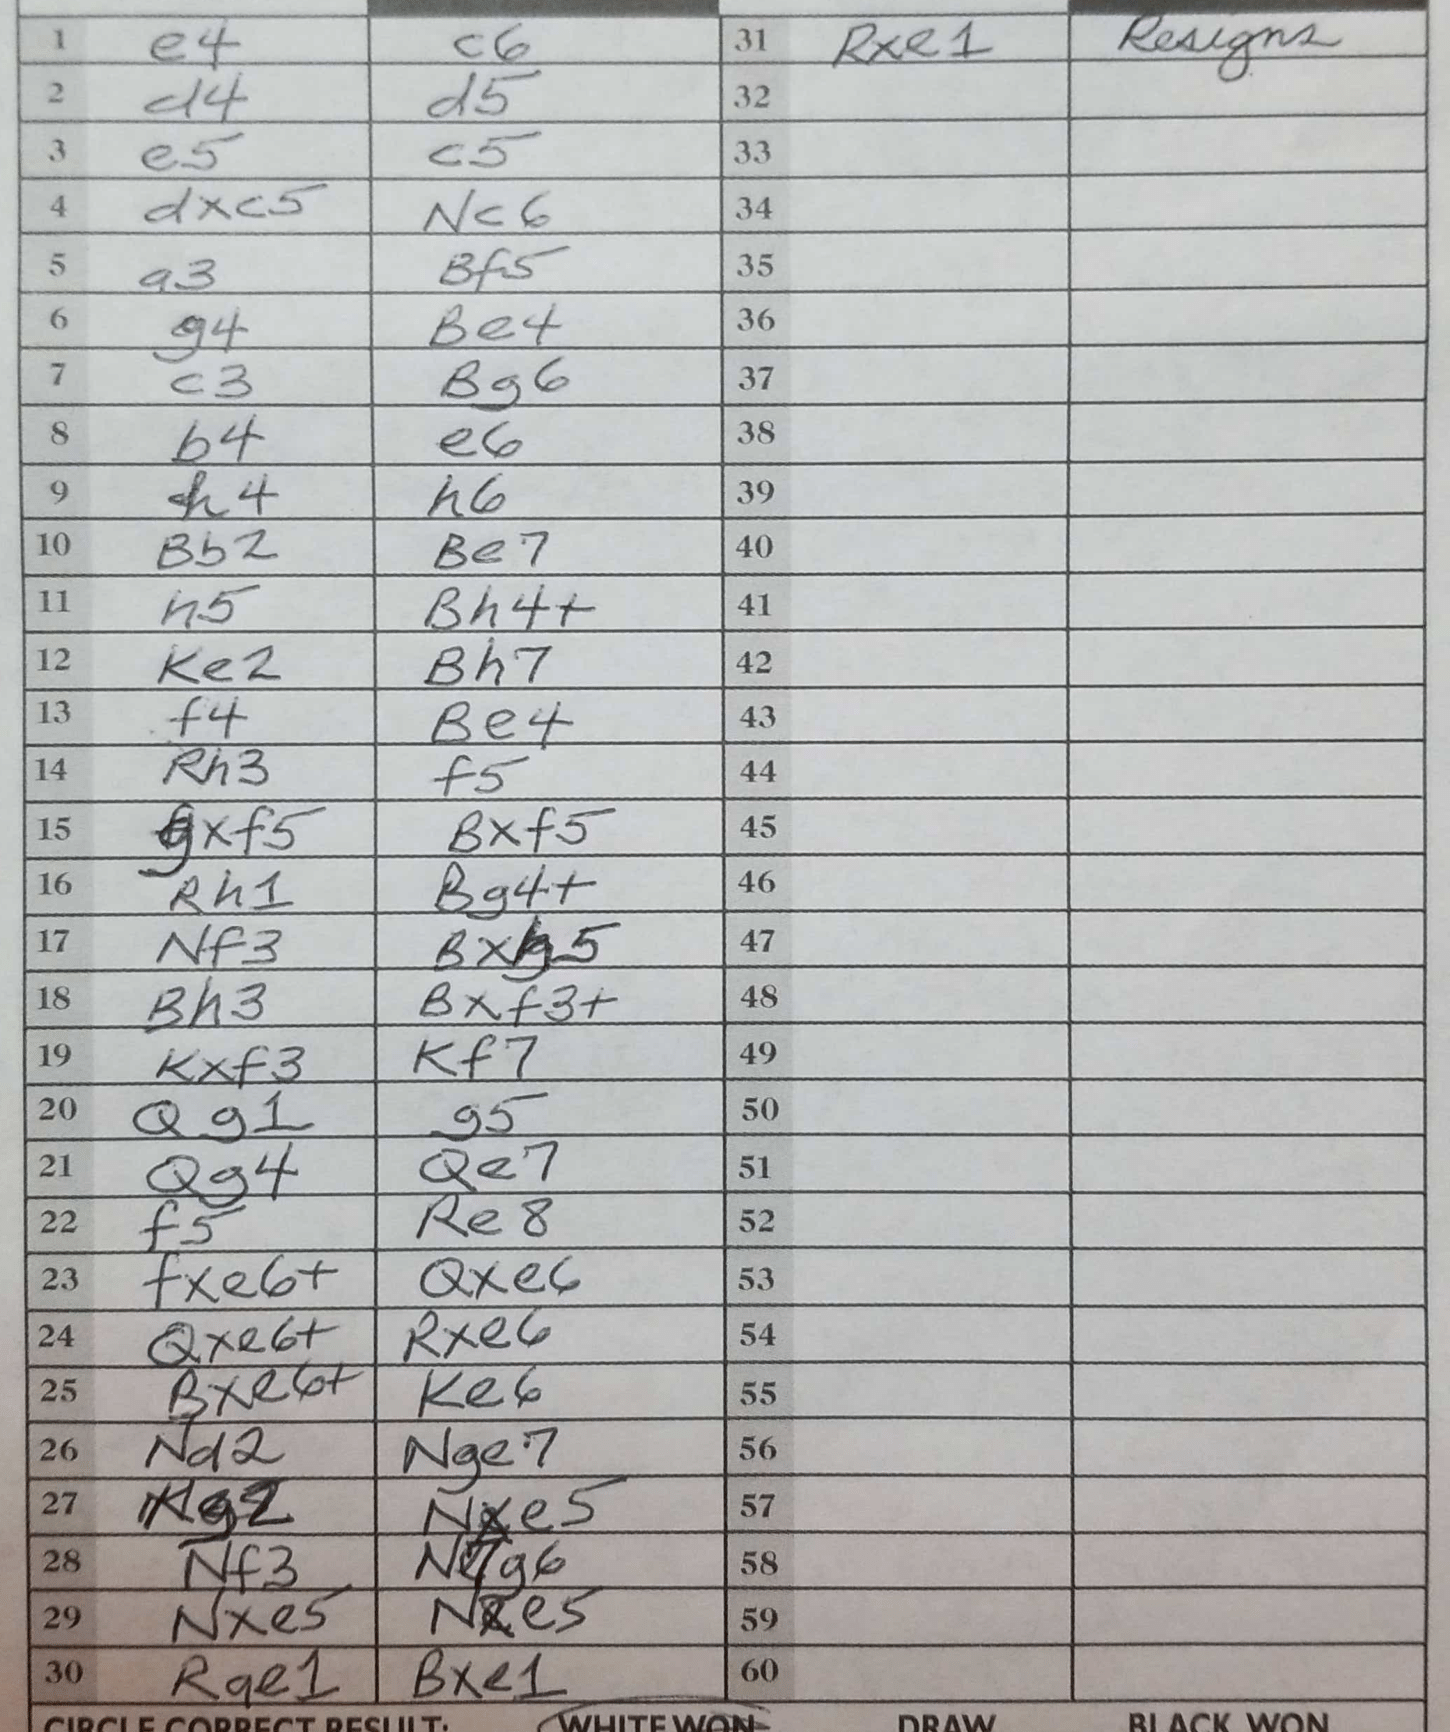
Moves: e4 c6 d4 d5 e5 c5 dxc5 Nc6 a3 Bf5 g4 Be4 c3 Bg6 b4 e6 h4 h6 Bb2 Be7 h5 Bh4+ Ke2 Bh7 f4 Be4 Rh3 f5 gxf5 Bxf5 Rh1 Bg4+ Ke2 Bh7 Bh3 Bxf3+ Kxf3 Kf7 Qg1 g5 Qg4 Qe7 f5 Re8 fxe6+ Qxe6 Qxe6+ Rxe6 Bxe6+ Ke6 Nd2 Nge7 Kg2 Nxe5 Nf3 N7g6 Nxe5 Nxe5 Rae1 Bxe1 Rxe1